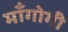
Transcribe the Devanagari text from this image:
माँगोगी